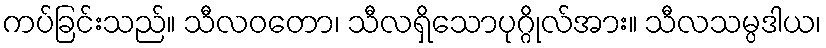
ကပ်ခြင်းသည်။ သီလဝတော၊ သီလရှိသောပုဂ္ဂိုလ်အား။ သီလသမ္ပဒါယ၊